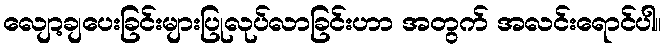
လျော့ချပေးခြင်းများပြုလုပ်လာခြင်းဟာ အတွက် အလင်းရောင်ပါ။